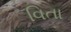
વિતા